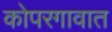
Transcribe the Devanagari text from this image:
कोपरगावात